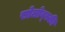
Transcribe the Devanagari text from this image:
सोलोव्स्की